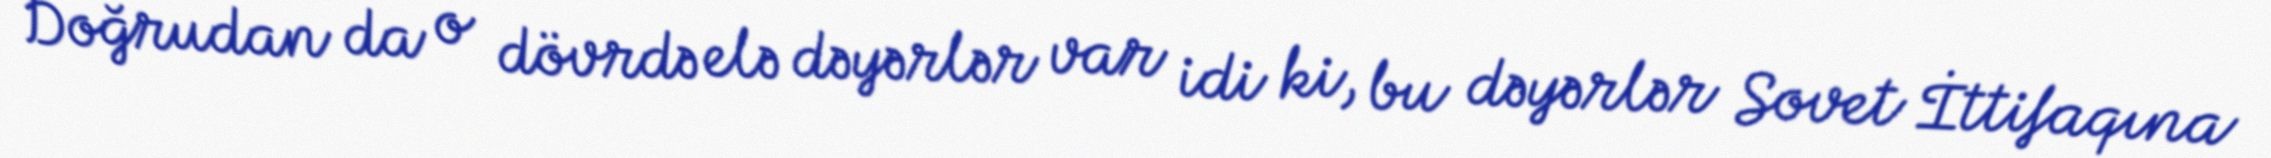
Doğrudan da o dövrdə elə dəyərlər var idi ki, bu dəyərlər Sovet İttifaqına